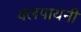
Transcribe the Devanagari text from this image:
वलपायनी